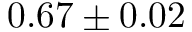
0 . 6 7 \pm 0 . 0 2